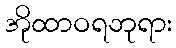
အိုထာဝရဘုရား